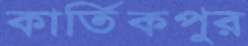
কার্তিকপুর